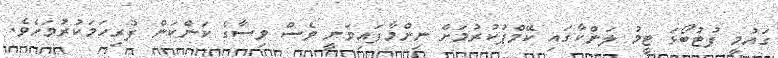
ގައުމީ ފުޓުބޯޅަ ޓީމު ލަންކާގައި ކޭމްޕުކުރުމަށް ނިންމާފައިވަނީ ވެސް ވިސާގެ ކަންކަން ފުރިހަމަކުރުމަށެވެ.